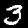
Digit: 3